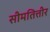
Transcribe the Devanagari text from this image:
सीमतित्तीर